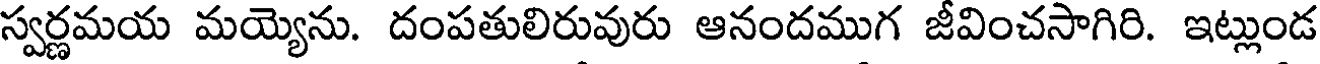
స్వర్ణమయ మయ్యెను. దంపతులిరువురు ఆనందముగ జీవించసాగిరి. ఇట్లుండ